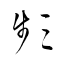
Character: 頻